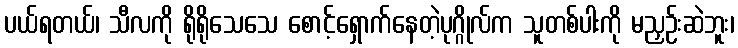
ပယ်ရတယ်၊ သီလကို ရိုရိုသေသေ စောင့်ရှောက်နေတဲ့ပုဂ္ဂိုလ်က သူတစ်ပါးကို မညှဉ်းဆဲဘူး၊